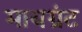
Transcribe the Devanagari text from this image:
मायग्रंट